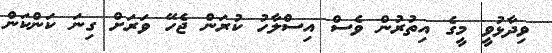
ވިދާޅުވީ މީގެ އިތުރުން ވެސް އިސްލާހު ކުރަން ޖެހޭ ވަރަށް ގިނަ ކަންކަން